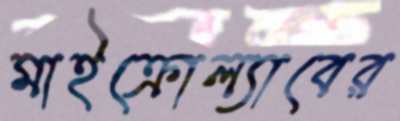
মাইক্রোল্যাবের